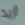
أريد